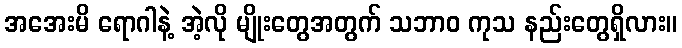
အအေးမိ ရောဂါနဲ့ အဲ့လို မျိုးတွေအတွက် သဘာဝ ကုသ နည်းတွေရှိလား။